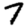
Digit: 7